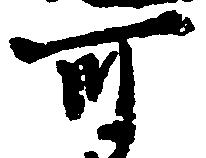
可